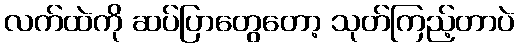
လက်ထဲကို ဆပ်ပြာတွေတော့ သုတ်ကြည့်တာပဲ